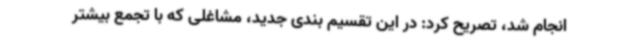
انجام شد، تصریح کرد: در این تقسیم بندی جدید، مشاغلی که با تجمع بیشتر